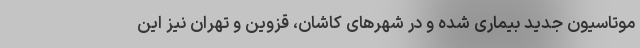
موتاسیون جدید بیماری شده و در شهرهای کاشان، قزوین و تهران نیز این